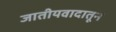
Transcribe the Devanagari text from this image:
जातीयवादातून